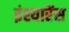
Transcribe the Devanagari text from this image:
इंश्यारेंस